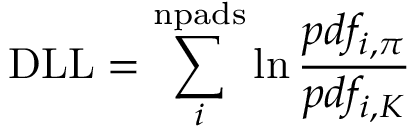
\mathrm { { D L L } } = \sum _ { i } ^ { \mathrm { { n p a d s } } } \ln \frac { p d f _ { i , \pi } } { p d f _ { i , K } }